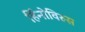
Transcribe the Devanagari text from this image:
र्हिनोविरुस